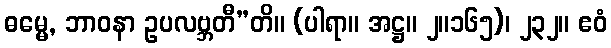
ဓမ္မေ, ဘာဝနာ ဥပလဗ္ဘတီ”တိ။ (ပါရာ။ အဋ္ဌ။ ၂။၁၆၅)၊ ၂၃၂။ ဧဝံ